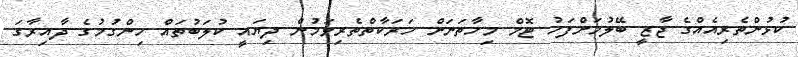
ކުޅުންތެރިއެއްގެ ޖާޒީ ބޭލުމަށްފަހު ޓޮމް މިހާތަނަށް ހަރަކާތްތެރިވަމުން ދިޔައީ ކުލަބުތައް ހިންގުމުގެ ދާއިރާގަ